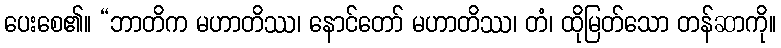
ပေးစေ၏။ “ဘာတိက မဟာတိဿ၊ နောင်တော် မဟာတိဿ၊ တံ၊ ထိုမြတ်သော တန်ဆာကို။